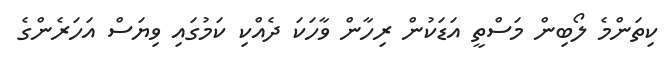
ކިތަންމެ ލޯބިން މަސްތީ އަޑަކުން ރިހާން ވާހަކަ ދެއްކި ކަމުގައި ވިޔަސް އަހަރެންގެ